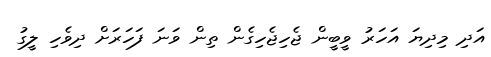
އަދި މިދިޔަ އަހަރު ވީބީން ޖެހިޖެހިގެން ތިން ވަނަ ފަހަރަށް ދިވެހި ލީގު